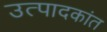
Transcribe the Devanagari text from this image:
उत्पादकांत